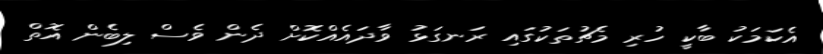
އެކަމަކު ބާކީ ހުރި މެޗުތަކުގައި ރަނގަޅު ވާދައެއްކޮށް ދެން ވެސް ލިބެން އޮތް